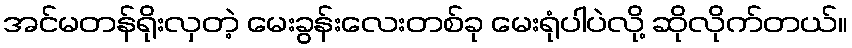
အင်မတန်ရိုးလှတဲ့ မေးခွန်းလေးတစ်ခု မေးရုံပါပဲလို့ ဆိုလိုက်တယ်။